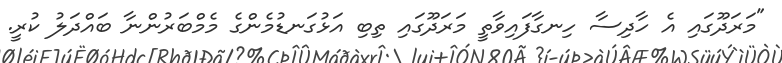
"މަރަދޫގައި އެ ހާދިސާ ހިނގާފައިވާތީ މަރަދޫގައި ތިބި އަޅުގަނޑުމެންގެ މެމްބަރުންނާ ބައްދަލު ކުރީ.